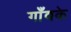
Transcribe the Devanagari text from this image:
गाँवके